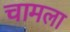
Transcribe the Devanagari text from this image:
चामला